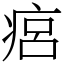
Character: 㾔